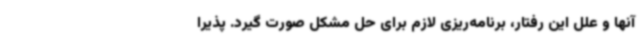
آنها و علل این رفتار، برنامه‌ریزی لازم برای حل مشکل صورت گیرد. پذیرا